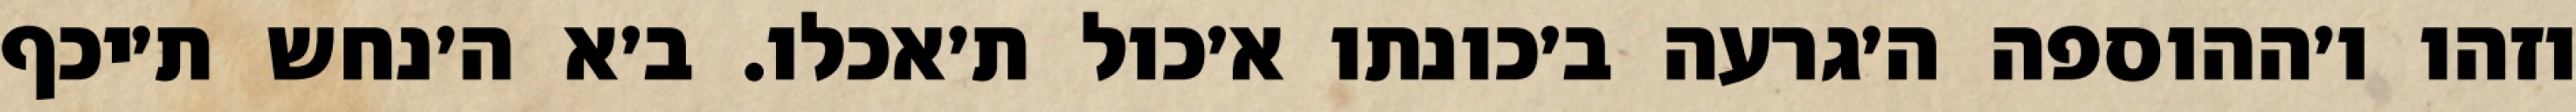
וזהו ו׳ההוספה ה׳גרעה ב׳כונתו א׳כול ת׳אכלו. ב׳א ה׳נחש ת׳יכף